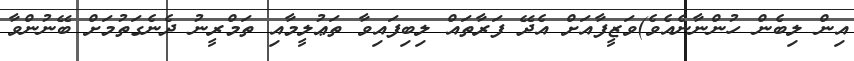
އިން ލިބެން ހުންނާނެއެވެ)ވަޒީފާއަށް އެދޭ ފަރާތައް ލިބިފައިވާ ތަޢުލީމާއި ތަމްރީނު ދެނެގަތުމަށް ބޭނުންވާ